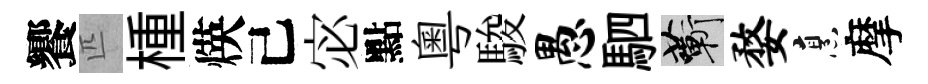
饗匹㮔煐己宓點粵駿愚駟蔪婺烹摩